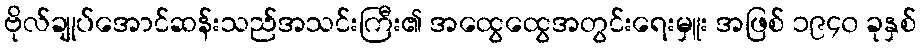
ဗိုလ်ချုပ်အောင်ဆန်းသည်အသင်းကြီး၏ အထွေထွေအတွင်းရေးမှူး အဖြစ် ၁၉၄၀ ခုနှစ်